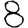
Digit: 8